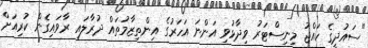
"ސައުދީގެ ހައްޖު މިނިސްޓަރު ވިދާޅުވި އަންނަ އަހަރުގެ އިންތިޒާމުތައް ދުރާލައި ރާވައިގެން ކުރިއަށް